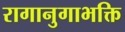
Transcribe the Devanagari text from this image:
रागानुगाभक्ति